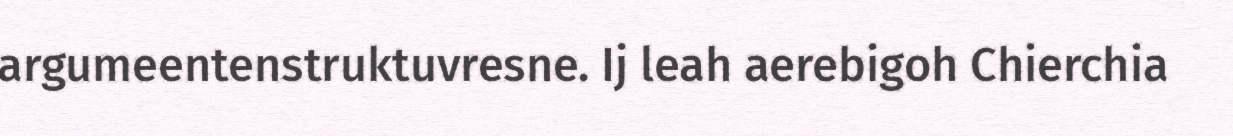
argumeentenstruktuvresne. Ij leah aerebigoh Chierchia